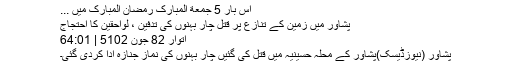
اس بار 5 جمعة المبارک رمضان المبارک میں ...
پشاور میں زمین کے تنازع پر قتل چار بہنوں کی تدفین ، لواحقین کا احتجاج
اتوار‬‮ 28 جون‬‮ 2015 | 10:46
پشاور (نیوزڈیسک)پشاور کے محلہ حسینیہ میں قتل کی گئیں چار بہنوں کی نماز جنازہ ادا کردی گئی۔